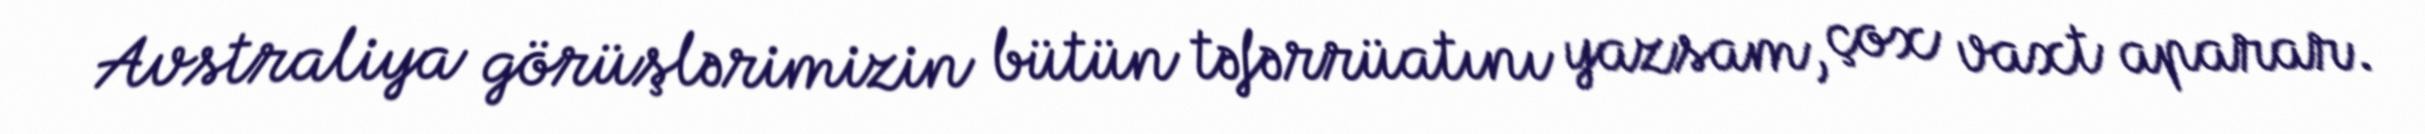
Avstraliya görüşlərimizin bütün təfərrüatını yazsam, çox vaxt aparar.